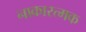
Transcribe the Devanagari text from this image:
नाकारत्मक